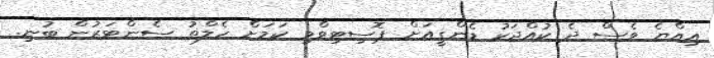
އިއްޔެ ވެސް ދެ ކުއްޖަކު ޑެންގީއަށް ޕޮސިޓިވްވި ކަމަށް ހެލްތު ސެންޓަރުން ބުނި.